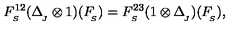
F _ { _ { S } } ^ { 1 2 } ( \Delta _ { _ { \! J } } ^ { } \otimes 1 ) ( F _ { _ { \! S } } ^ { } ) = F _ { _ { S } } ^ { 2 3 } ( 1 \otimes \Delta _ { _ { \! J } } ^ { } ) ( F _ { _ { \! S } } ^ { } ) ,